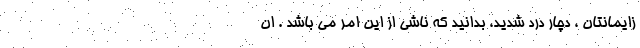
زایمانتان ، دچار درد شدید، بدانید که ناشی از این امر می باشد . ان